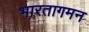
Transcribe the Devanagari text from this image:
भारतागमन